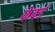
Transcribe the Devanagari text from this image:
फेवर्ड